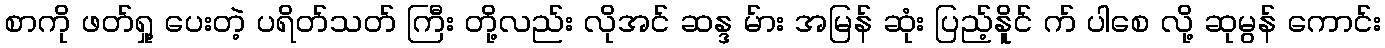
စာကို ဖတ်ရှု့ ပေးတဲ့ ပရိတ်သတ် ကြီး တို့လည်း လိုအင် ဆန္ဒ မ်ား အမြန် ဆုံး ပြည့်နိူင် က် ပါစေ လို့ ဆုမွန် ကောင်း